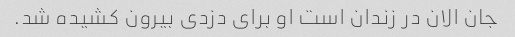
جان الان در زندان است او برای دزدی بیرون کشیده شد.